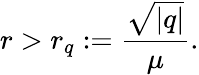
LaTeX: r>r_{q}:=\frac{\sqrt{|q|}}{\mu}.